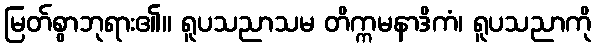
မြတ်စွာဘုရား၏။ ရူပသညာသမ တိက္ကမနာဒိကံ၊ ရူပသညာကို